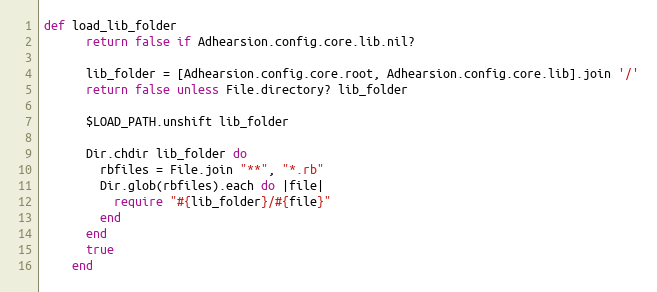
Language: Ruby
def load_lib_folder
      return false if Adhearsion.config.core.lib.nil?

      lib_folder = [Adhearsion.config.core.root, Adhearsion.config.core.lib].join '/'
      return false unless File.directory? lib_folder

      $LOAD_PATH.unshift lib_folder

      Dir.chdir lib_folder do
        rbfiles = File.join "**", "*.rb"
        Dir.glob(rbfiles).each do |file|
          require "#{lib_folder}/#{file}"
        end
      end
      true
    end